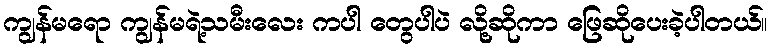
ကျွန်မရော ကျွန်မရဲ့သမီးလေး ကပါ တွေပါပဲ လို့ဆိုကာ ဖြေဆိုပေးခဲ့ပါတယ်။